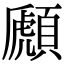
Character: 䫢